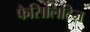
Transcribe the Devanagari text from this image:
फैसिलिटिज़